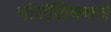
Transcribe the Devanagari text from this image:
पोटॅशियमचे